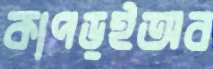
কাপড়ইঅব